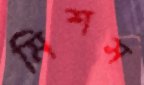
মিশস